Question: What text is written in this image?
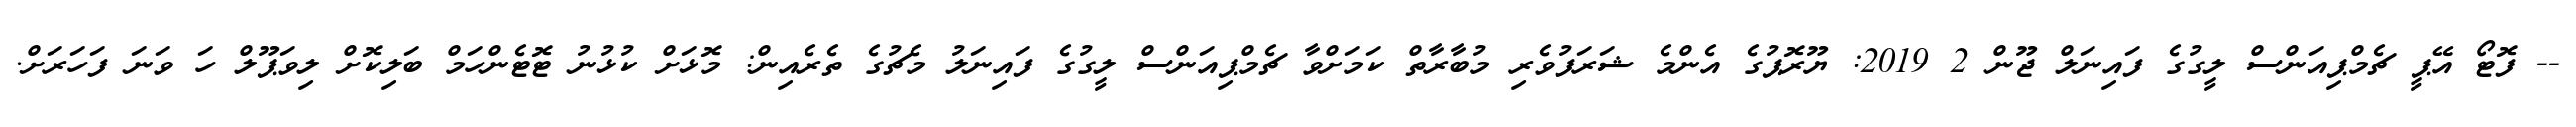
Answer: -- ފޮޓޯ އޭޕީ ޗެމްޕިއަންސް ލީގުގެ ފައިނަލް ޖޫން 2 2019: ޔޫރޮޕުގެ އެންމެ ޝަރަފުވެރި މުބާރާތް ކަމަށްވާ ޗެމްޕިއަންސް ލީގުގެ ފައިނަލު މެޗުގެ ތެރެއިން: މޮޅަށް ކުޅުނު ޓޮޓެންހަމް ބަލިކޮށް ލިވަޕޫލް ހަ ވަނަ ފަހަރަށް.